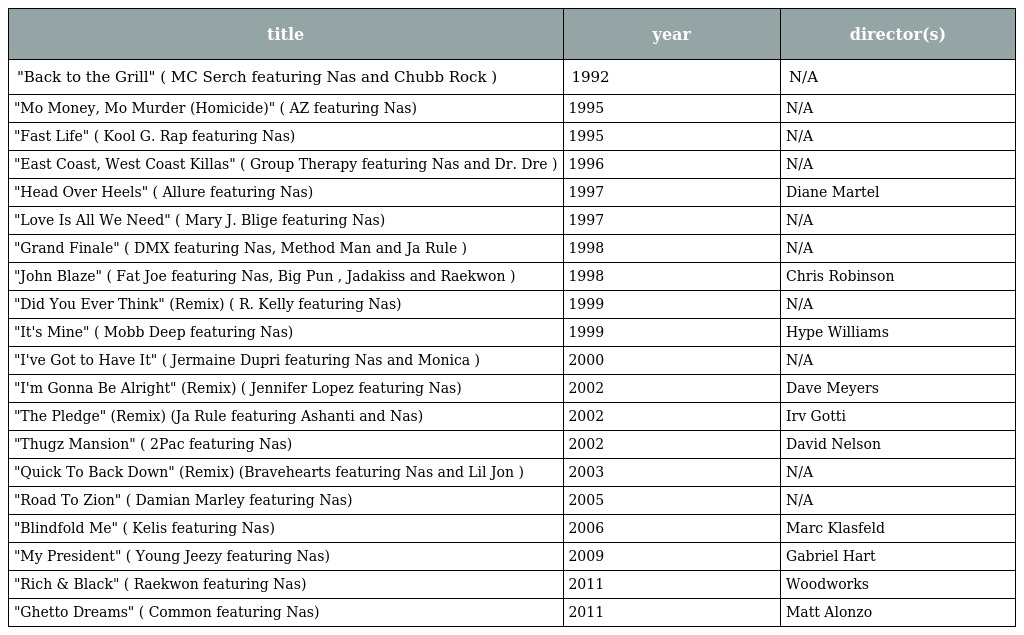
| title | year | director(s) |
 | --- | --- | --- |
 | "Back to the Grill" ( MC Serch featuring Nas and Chubb Rock ) | 1992 | N/A |
 | "Mo Money, Mo Murder (Homicide)" ( AZ featuring Nas) | 1995 | N/A |
 | "Fast Life" ( Kool G. Rap featuring Nas) | 1995 | N/A |
 | "East Coast, West Coast Killas" ( Group Therapy featuring Nas and Dr. Dre ) | 1996 | N/A |
 | "Head Over Heels" ( Allure featuring Nas) | 1997 | Diane Martel |
 | "Love Is All We Need" ( Mary J. Blige featuring Nas) | 1997 | N/A |
 | "Grand Finale" ( DMX featuring Nas, Method Man and Ja Rule ) | 1998 | N/A |
 | "John Blaze" ( Fat Joe featuring Nas, Big Pun , Jadakiss and Raekwon ) | 1998 | Chris Robinson |
 | "Did You Ever Think" (Remix) ( R. Kelly featuring Nas) | 1999 | N/A |
 | "It's Mine" ( Mobb Deep featuring Nas) | 1999 | Hype Williams |
 | "I've Got to Have It" ( Jermaine Dupri featuring Nas and Monica ) | 2000 | N/A |
 | "I'm Gonna Be Alright" (Remix) ( Jennifer Lopez featuring Nas) | 2002 | Dave Meyers |
 | "The Pledge" (Remix) (Ja Rule featuring Ashanti and Nas) | 2002 | Irv Gotti |
 | "Thugz Mansion" ( 2Pac featuring Nas) | 2002 | David Nelson |
 | "Quick To Back Down" (Remix) (Bravehearts featuring Nas and Lil Jon ) | 2003 | N/A |
 | "Road To Zion" ( Damian Marley featuring Nas) | 2005 | N/A |
 | "Blindfold Me" ( Kelis featuring Nas) | 2006 | Marc Klasfeld |
 | "My President" ( Young Jeezy featuring Nas) | 2009 | Gabriel Hart |
 | "Rich & Black" ( Raekwon featuring Nas) | 2011 | Woodworks |
 | "Ghetto Dreams" ( Common featuring Nas) | 2011 | Matt Alonzo |